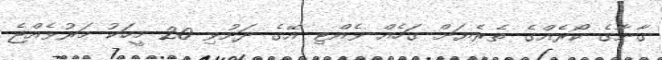
ގާނާގެ ކޯރެއްގެ ތެރެޔަށް ގަހެއް ވެއްޓި އޭގެ ދަށުވި 20 މީހަކު މަރުވެއްޖެ